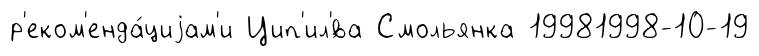
р'еком'енда́циjам'и Цип'ил'́ва Смольянка 19981998-10-19